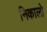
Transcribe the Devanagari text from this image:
निकालो